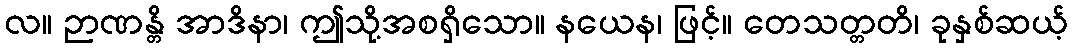
လ။ ဉာဏန္တိ အာဒိနာ၊ ဤသို့အစရှိသော။ နယေန၊ ဖြင့်။ တေသတ္တတိ၊ ခုနှစ်ဆယ့်